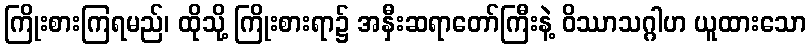
ကြိုးစားကြရမည်၊ ထိုသို့ ကြိုးစားရာ၌ အနှီးဆရာတော်ကြီးနဲ့ ဝိဿာသဂ္ဂါဟ ယူထားသော